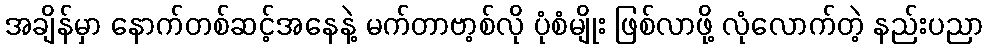
အချိန်မှာ နောက်တစ်ဆင့်အနေနဲ့ မက်တာဗာ့စ်လို ပုံစံမျိုး ဖြစ်လာဖို့ လုံလောက်တဲ့ နည်းပညာ